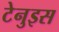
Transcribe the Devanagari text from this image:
टेनुइस